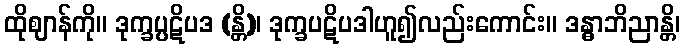
ထိုဈာန်ကို။ ဒုက္ခပ္ပဋိပဒ (န္တိ)၊ ဒုက္ခပဋိပဒါဟူ၍လည်းကောင်း။ ဒန္ဓာဘိညာန္တိ၊